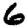
Digit: 6